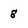
Character: 8